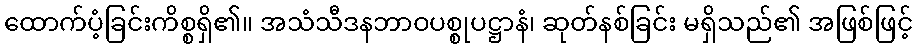
ထောက်ပံ့ခြင်းကိစ္စရှိ၏။ အသံသီဒနဘာဝပစ္စုပဋ္ဌာနံ၊ ဆုတ်နစ်ခြင်း မရှိသည်၏ အဖြစ်ဖြင့်